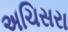
અચિસરા